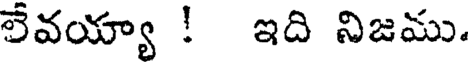
లేవయ్యా ! ఇది నిజము.